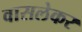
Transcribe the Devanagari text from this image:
वासलेकर